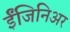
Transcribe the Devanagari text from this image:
ईंजिनिअर